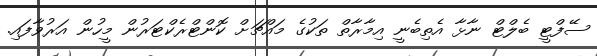
ސޭފްޓީ ބެލްޓް ނާޅާ އެތިބެނީ އިމާރާތް ތަކުގެ މައްޗަށް ކޮންޓްރެކްޓަރުން މީހުން އަރުވާފައި.